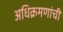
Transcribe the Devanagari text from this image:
अधिक्रमणांची